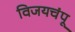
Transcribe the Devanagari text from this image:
विजयचंपू